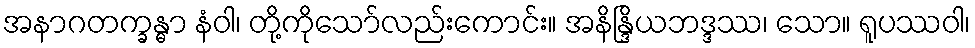
အနာဂတက္ခန္ဓာ နံဝါ၊ တို့ကိုသော်လည်းကောင်း။ အနိန္ဒြိယဘဒ္ဒဿ၊ သော။ ရူပဿဝါ၊